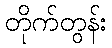
တိုက်တွန်း